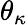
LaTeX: \theta_{\kappa}